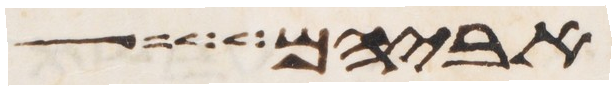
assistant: אביהם